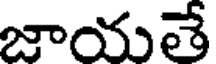
జాయతే